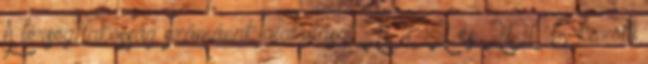
A térség lakosság számának alakulását 2002 és 2006 közötti